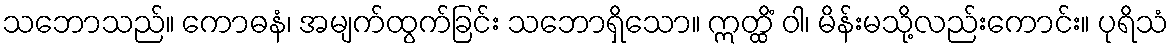
သဘောသည်။ ကောဓနံ၊ အမျက်ထွက်ခြင်း သဘောရှိသော။ ဣတ္ထိံ ဝါ၊ မိန်းမသို့လည်းကောင်း။ ပုရိသံ